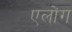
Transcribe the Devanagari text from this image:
एलोंग